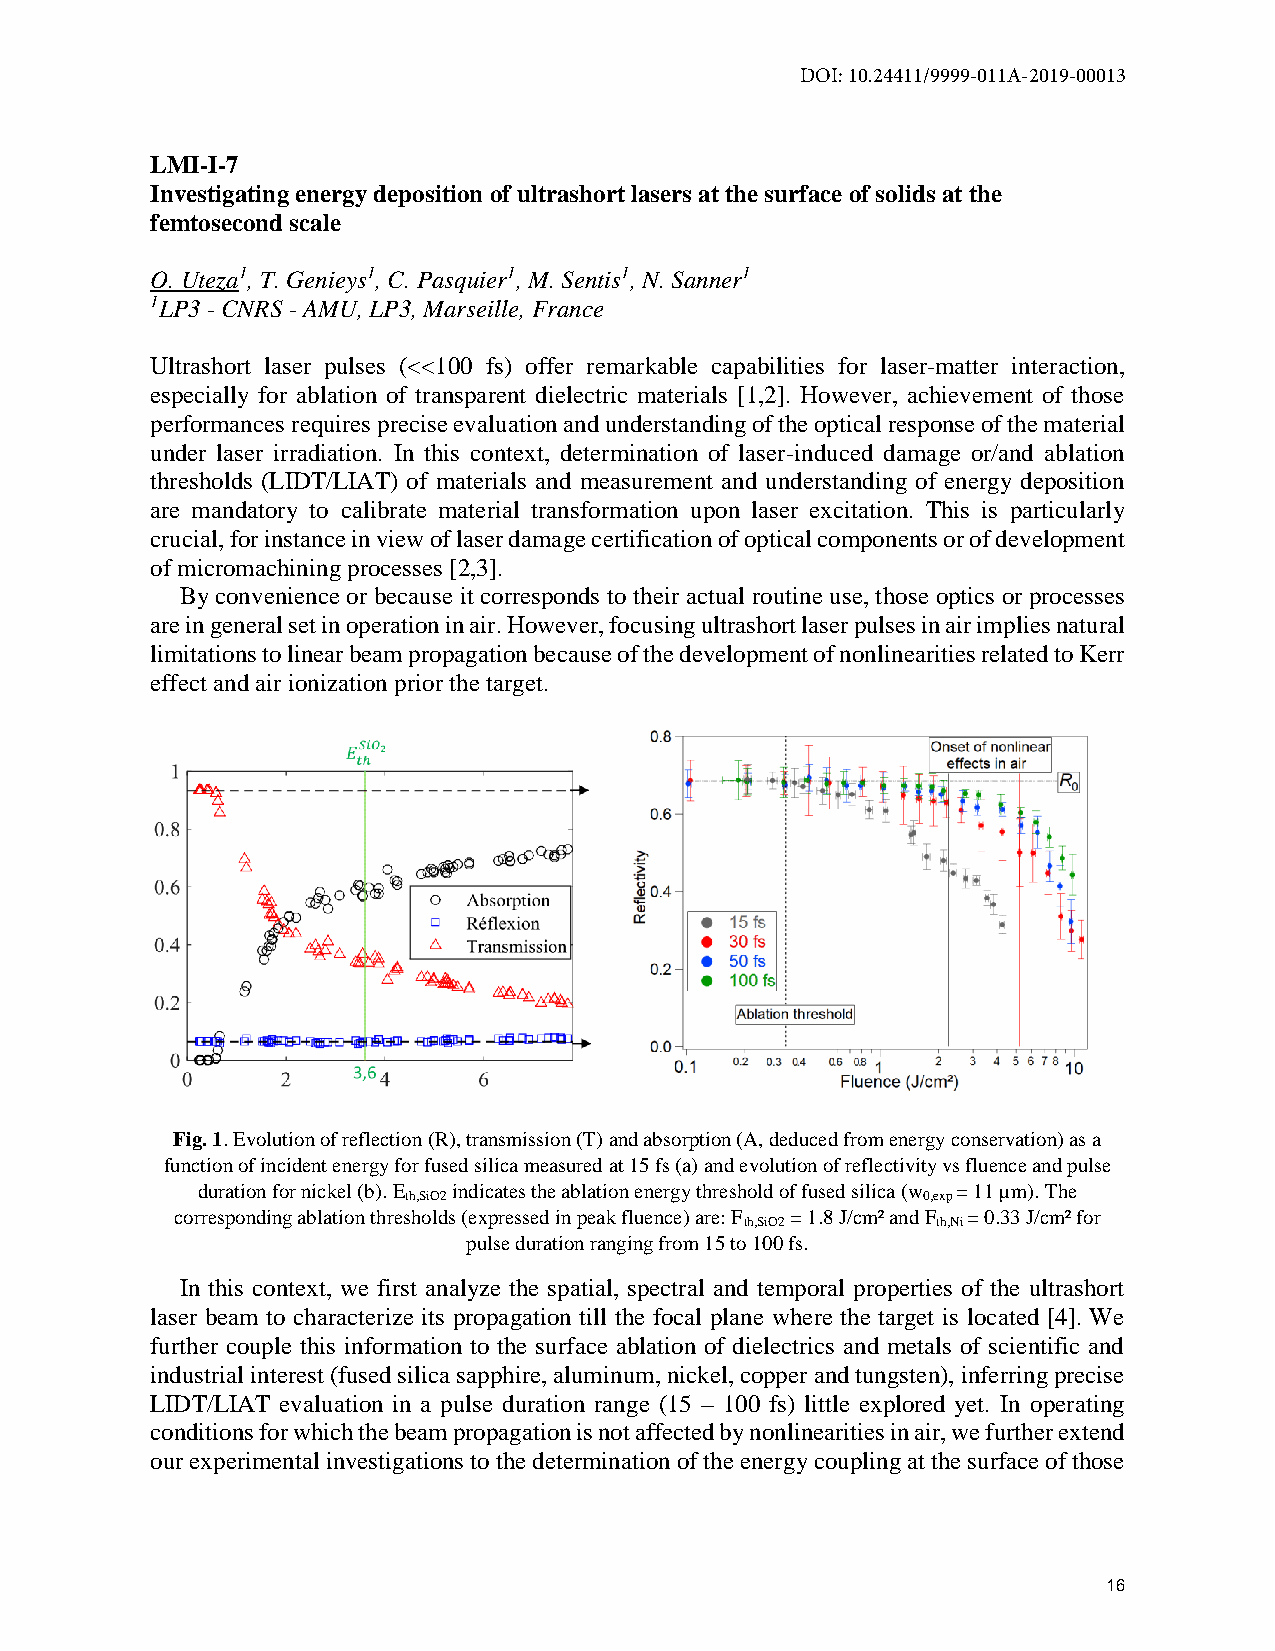
DOI: 10.24411/9999-011A-2019-00013
 LMI-I-7
 Investigating energy deposition of ultrashort lasers at the surface of solids at the
 femtosecond scale
 O. Uteza1, T. Genieys1, C. Pasquier1, M. Sentis1, N. Sanner1
 1LP3 - CNRS - AMU, LP3, Marseille, France
 Ultrashort laser pulses (<<100 fs) offer remarkable capabilities for laser-matter interaction,
 especially for ablation of transparent dielectric materials [1,2]. However, achievement of those
 performances requires precise evaluation and understanding of the optical response of the material
 under laser irradiation. In this context, determination of laser-induced damage or/and ablation
 thresholds (LIDT/LIAT) of materials and measurement and understanding of energy deposition
 are mandatory to calibrate material transformation upon laser excitation. This is particularly
 crucial, for instance in view of laser damage certification of optical components or of development
 of micromachining processes [2,3].
 By convenience or because it corresponds to their actual routine use, those optics or processes
 are in general set in operation in air. However, focusing ultrashort laser pulses in air implies natural
 limitations to linear beam propagation because of the development of nonlinearities related to Kerr
 effect and air ionization prior the target.
 Fig. 1. Evolution of reflection (R), transmission (T) and absorption (A, deduced from energy conservation) as a
 function of incident energy for fused silica measured at 15 fs (a) and evolution of reflectivity vs fluence and pulse
 duration for nickel (b). E indicates the ablation energy threshold of fused silica (w = 11 µm). The
 th,SiO2                           0,exp
 corresponding ablation thresholds (expressed in peak fluence) are: F = 1.8 J/cm² and F = 0.33 J/cm² for
 th,SiO2      th,Ni
 pulse duration ranging from 15 to 100 fs.
 In this context, we first analyze the spatial, spectral and temporal properties of the ultrashort
 laser beam to characterize its propagation till the focal plane where the target is located [4]. We
 further couple this information to the surface ablation of dielectrics and metals of scientific and
 industrial interest (fused silica sapphire, aluminum, nickel, copper and tungsten), inferring precise
 LIDT/LIAT evaluation in a pulse duration range (15 – 100 fs) little explored yet. In operating
 conditions for which the beam propagation is not affected by nonlinearities in air, we further extend
 our experimental investigations to the determination of the energy coupling at the surface of those
 16